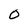
Character: O